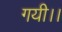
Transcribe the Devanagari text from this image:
गयी।।